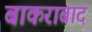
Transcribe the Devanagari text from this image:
बाकराबाद